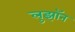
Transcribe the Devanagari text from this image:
लुझॉन